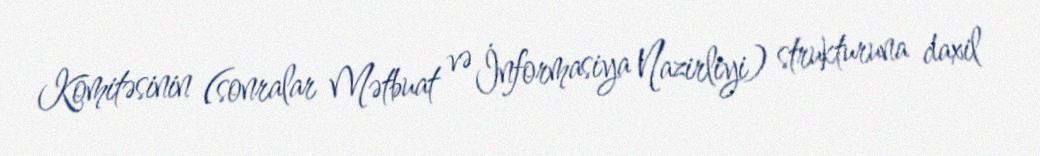
Komitəsinin (sonralar Mətbuat və İnformasiya Nazirliyi) strukturuna daxil